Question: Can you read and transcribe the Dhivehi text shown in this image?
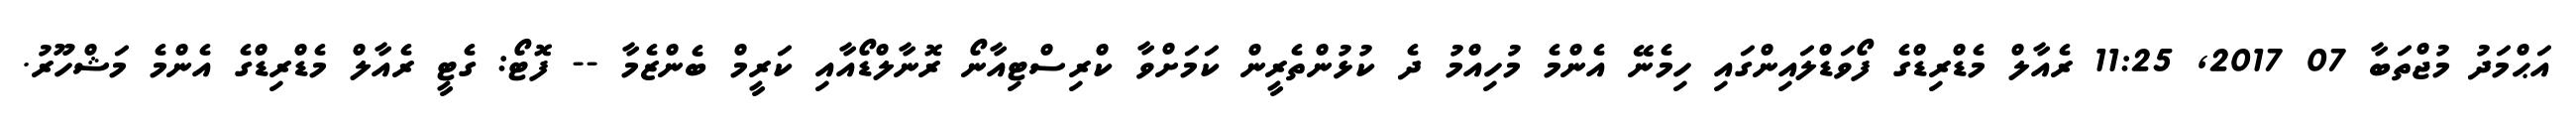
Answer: އަޙްމަދު މުޖްތަބާ 07 2017, 11:25 ރެއާލް މެޑްރިޑްގެ ފޯވަޑްލައިންގައި ހިމެނޭ އެންމެ މުހިއްމު ދެ ކުޅުންތެރީން ކަމަށްވާ ކްރިސްޓިއާނޯ ރޮނާލްޑޯއާއި ކަރީމް ބެންޒެމާ -- ފޮޓޯ: ގެޓީ ރެއާލް މެޑްރިޑްގެ އެންމެ މަޝްހޫރު.